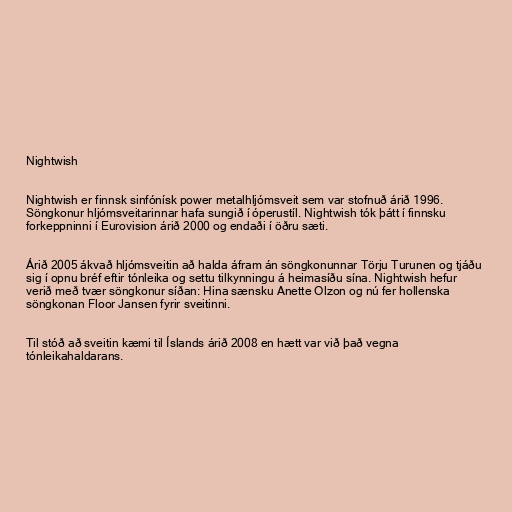
Nightwish

Nightwish er finnsk sinfónísk power metalhljómsveit sem var stofnuð árið 1996.
Söngkonur hljómsveitarinnar hafa sungið í óperustíl. Nightwish tók þátt í finnsku
forkeppninni í Eurovision árið 2000 og endaði í öðru sæti.

Árið 2005 ákvað hljómsveitin að halda áfram án söngkonunnar Törju Turunen og tjáðu
sig í opnu bréf eftir tónleika og settu tilkynningu á heimasíðu sína. Nightwish hefur
verið með tvær söngkonur síðan: Hina sænsku Anette Olzon og nú fer hollenska
söngkonan Floor Jansen fyrir sveitinni.

Til stóð að sveitin kæmi til Íslands árið 2008 en hætt var við það vegna
tónleikahaldarans.